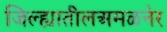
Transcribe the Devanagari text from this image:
जिल्ह्यातीलअमळनेर